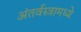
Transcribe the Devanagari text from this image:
अंतर्वस्त्रामध्ये